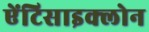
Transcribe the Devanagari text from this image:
ऐंटिसाइक्लोन